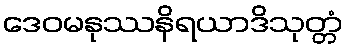
ဒေဝမနုဿနိရယာဒိသုတ္တံ